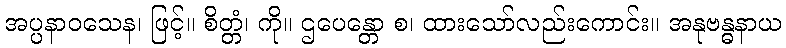
အပ္ပနာဝသေန၊ ဖြင့်။ စိတ္တံ၊ ကို။ ဌပေန္တော စ၊ ထားသော်လည်းကောင်း။ အနုဗန္ဓနာယ